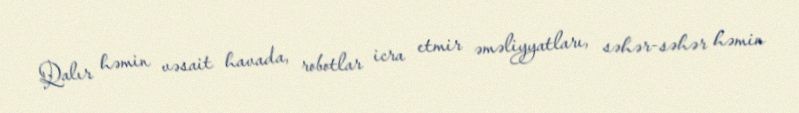
Qalır həmin vəsait havada, robotlar icra etmir əməliyyatları, səhər-səhər həmin